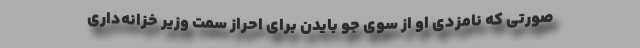
صورتی که نامزدی او از سوی جو بایدن برای احراز سمت وزیر خزانه‌داری